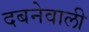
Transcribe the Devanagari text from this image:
दबनेवाली